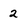
Character: 2